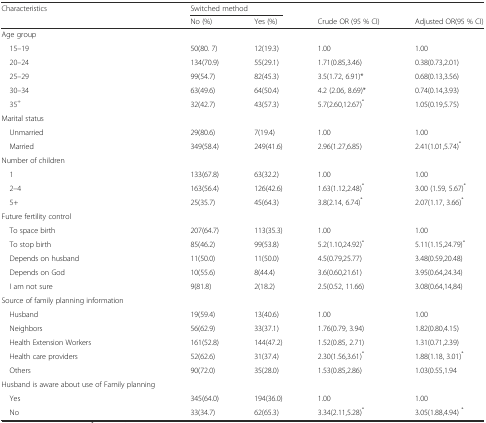
<table><thead><tr><td><b>Characteristics</b></td><td colspan="2"><b>Switched method</b></td><td></td><td></td></tr><tr><td></td><td><b>No (%)</b></td><td><b>Yes (%)</b></td><td><b>Crude OR (95 % CI)</b></td><td><b>Adjusted OR(95 % CI)</b></td></tr></thead><tbody><tr><td>Age group</td><td></td><td></td><td></td><td></td></tr><tr><td> 15–19</td><td>50(80. 7)</td><td>12(19.3)</td><td>1.00</td><td>1.00</td></tr><tr><td> 20–24</td><td>134(70.9)</td><td>55(29.1)</td><td>1.71(0.85,3.46)</td><td>0.38(0.73,2.01)</td></tr><tr><td> 25–29</td><td>99(54.7)</td><td>82(45.3)</td><td>3.5(1.72, 6.91)*</td><td>0.68(0.13,3.56)</td></tr><tr><td> 30–34</td><td>63(49.6)</td><td>64(50.4)</td><td>4.2 (2.06, 8.69)*</td><td>0.74(0.14,3.93)</td></tr><tr><td> 35<sup>+</sup></td><td>32(42.7)</td><td>43(57.3)</td><td>5.7(2.60,12.67)<sup>*</sup></td><td>1.05(0.19,5.75)</td></tr><tr><td>Marital status</td><td></td><td></td><td></td><td></td></tr><tr><td> Unmarried</td><td>29(80.6)</td><td>7(19.4)</td><td>1.00</td><td>1.00</td></tr><tr><td> Married</td><td>349(58.4)</td><td>249(41.6)</td><td>2.96(1.27,6.85)</td><td>2.41(1.01,5.74)<sup>*</sup></td></tr><tr><td>Number of children</td><td></td><td></td><td></td><td></td></tr><tr><td> 1</td><td>133(67.8)</td><td>63(32.2)</td><td>1.00</td><td>1.00</td></tr><tr><td> 2–4</td><td>163(56.4)</td><td>126(42.6)</td><td>1.63(1.12,2.48)<sup>*</sup></td><td>3.00 (1.59, 5.67)<sup>*</sup></td></tr><tr><td> 5+</td><td>25(35.7)</td><td>45(64.3)</td><td>3.8(2.14, 6.74)<sup>*</sup></td><td>2.07(1.17, 3.66)<sup>*</sup></td></tr><tr><td>Future fertility control</td><td></td><td></td><td></td><td></td></tr><tr><td> To space birth</td><td>207(64.7)</td><td>113(35.3)</td><td>1.00</td><td>1.00</td></tr><tr><td> To stop birth</td><td>85(46.2)</td><td>99(53.8)</td><td>5.2(1.10,24.92)<sup>*</sup></td><td>5.11(1.15,24.79)<sup>*</sup></td></tr><tr><td> Depends on husband</td><td>11(50.0)</td><td>11(50.0)</td><td>4.5(0.79,25.77)</td><td>3.48(0.59,20.48)</td></tr><tr><td> Depends on God</td><td>10(55.6)</td><td>8(44.4)</td><td>3.6(0.60,21.61)</td><td>3.95(0.64,24.34)</td></tr><tr><td> I am not sure</td><td>9(81.8)</td><td>2(18.2)</td><td>2.5(0.52, 11.66)</td><td>3.08(0.64,14,84)</td></tr><tr><td>Source of family planning information</td><td></td><td></td><td></td><td></td></tr><tr><td> Husband</td><td>19(59.4)</td><td>13(40.6)</td><td>1.00</td><td>1.00</td></tr><tr><td> Neighbors</td><td>56(62.9)</td><td>33(37.1)</td><td>1.76(0.79, 3.94)</td><td>1.82(0.80,4.15)</td></tr><tr><td> Health Extension Workers</td><td>161(52.8)</td><td>144(47.2)</td><td>1.52(0.85, 2.71)</td><td>1.31(0.71,2.39)</td></tr><tr><td> Health care providers</td><td>52(62.6)</td><td>31(37.4)</td><td>2.30(1.56,3.61)<sup>*</sup></td><td>1.88(1.18, 3.01)<sup>*</sup></td></tr><tr><td> Others</td><td>90(72.0)</td><td>35(28.0)</td><td>1.53(0.85,2.86)</td><td>1.03(0.55,1.94</td></tr><tr><td>Husband is aware about use of Family planning</td><td></td><td></td><td></td><td></td></tr><tr><td> Yes</td><td>345(64.0)</td><td>194(36.0)</td><td>1.00</td><td>1.00</td></tr><tr><td> No</td><td>33(34.7)</td><td>62(65.3)</td><td>3.34(2.11,5.28)<sup>*</sup></td><td>3.05(1.88,4.94) <sup>*</sup></td></tr></tbody></table>